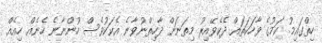
ހިތްގައިމު ކަމުގެ ވާހަކަތައް ދެކެވޭއިރު މިތަނަށް ދާހިތްނުވާނެ އެކަކުވެސް ހުންނާނެ ހެނެއް ހިއެއް